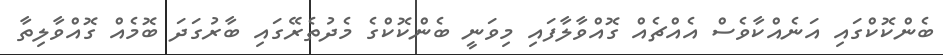
ބެންކޮކްގައި އަނެއްކާވެސް އެއްޗެއް ގޮއްވާލާފައި މިވަނީ ބެންކޮކްގެ މެދުތެރޭގައި ބާރުގަދަ ބޮމެއް ގޮއްވާލިތާ